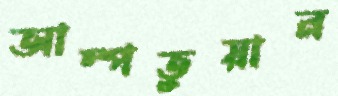
আম্পতুয়ান